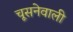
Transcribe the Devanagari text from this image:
चूसनेवाली